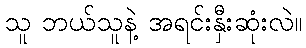
သူ ဘယ်သူနဲ့ အရင်းနှီးဆုံးလဲ။